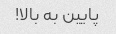
پایین به بالا!